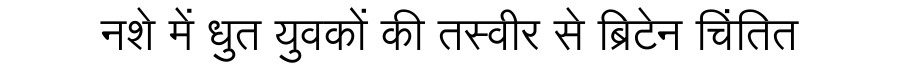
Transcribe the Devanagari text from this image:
नशे में धुत युवकों की तस्वीर से ब्रिटेन चिंतित